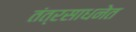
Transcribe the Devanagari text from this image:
तंत्रसाधनेत